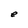
Character: e